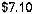
$7.10